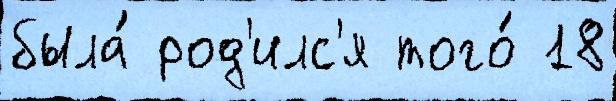
была́ род'илс'я того́ 18